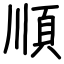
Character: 順